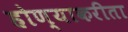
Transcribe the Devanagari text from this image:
होण्याकरीता